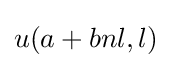
u(a+bnl,l)